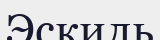
Эскиль